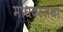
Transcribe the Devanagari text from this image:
माधवस्तथा